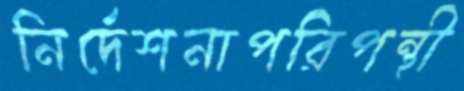
নির্দেশনাপরিপন্থী